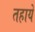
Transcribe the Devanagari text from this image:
तहाये